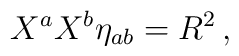
X^a X^b \eta_{a b} = R^2 \, ,